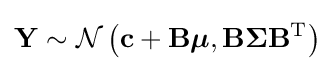
\mathbf {Y} \sim {\mathcal {N}}\left(\mathbf {c} +\mathbf {B} {\boldsymbol {\mu }},\mathbf {B} {\boldsymbol {\Sigma }}\mathbf {B} ^{\rm {T}}\right)